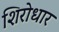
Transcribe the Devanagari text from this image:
शिरोधार